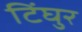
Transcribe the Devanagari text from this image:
टिंघुर